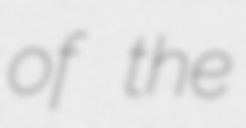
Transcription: of the